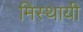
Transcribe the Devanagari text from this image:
मिस्थायी